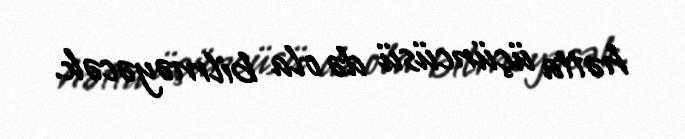
hətta üçüncüsü də ola bilməyəcək.